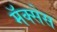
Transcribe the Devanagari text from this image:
मॅक्सेस